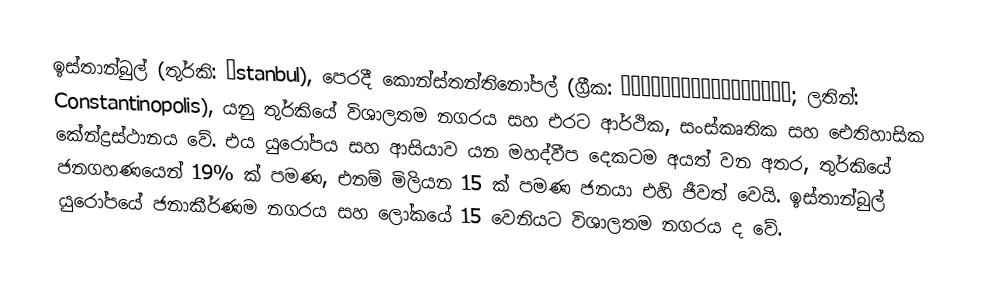
ඉස්තාන්බුල් (තුර්කි: İstanbul), පෙරදී කොන්ස්තන්තිනෝපල් (ග්‍රීක: Κωνσταντινούπολις; ලතින්: Constantinopolis), යනු තුර්කියේ විශාලතම නගරය සහ එරට ආර්ථික, සංස්කෘතික සහ ඓතිහාසික කේන්ද්‍රස්ථානය වේ. එය යුරෝපය සහ ආසියාව යන මහද්වීප දෙකටම අයත් වන අතර, තුර්කියේ ජනගහණයෙන් 19% ක් පමණ, එනම් මිලියන 15 ක් පමණ ජනයා එහි ජීවත් වෙයි. ඉස්තාන්බුල් යුරෝපයේ ජනාකීර්ණම නගරය සහ ලෝකයේ 15 වෙනියට විශාලතම නගරය ද වේ.